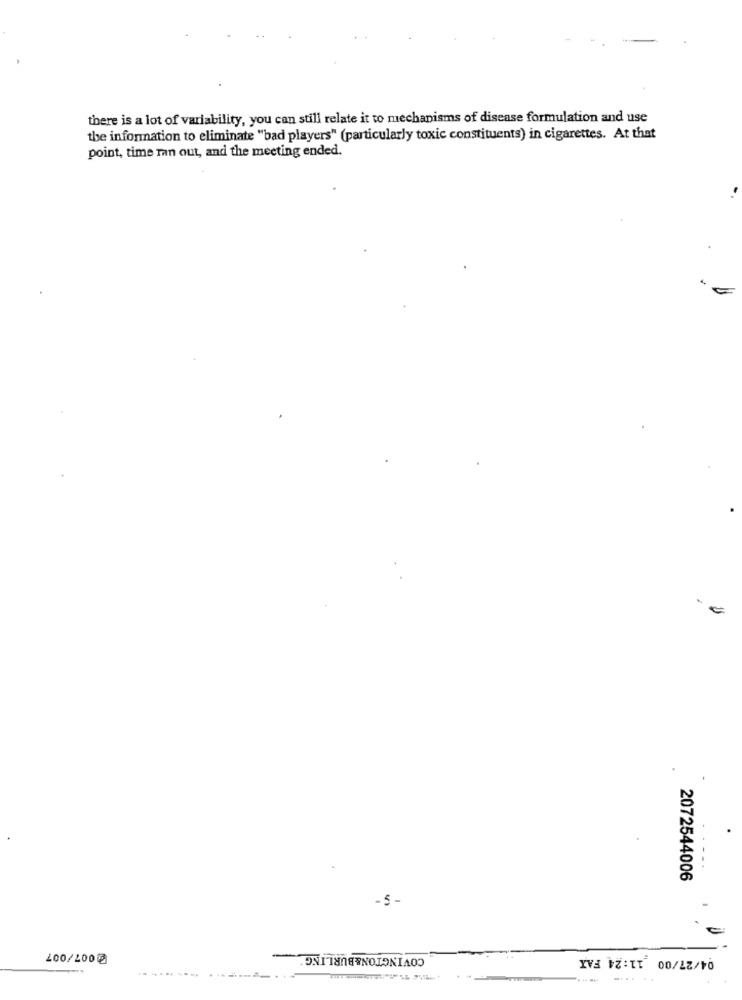
there is a lot of variability, you can still relate it to mechanisms of disease formulation and use
the information to eliminate "bad players" (particularly toxic constituents) in cigarettes. At that
point, time mn out, and the meeting ended.
- ..
2072544006
-5 -
COVINGTON&BURLING
04/27/00 11:24 FAX
200/200
-
.......
......